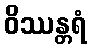
ဝိဿန္တရံ